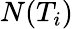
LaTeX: N(T_{i})